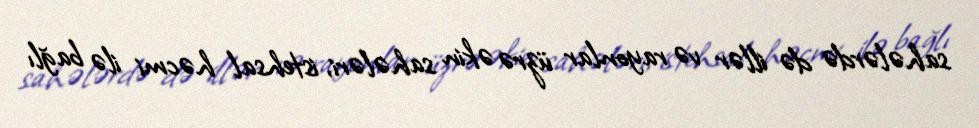
sahələrdə də illər və rayonlar üzrə əkin sahələri, istehsal həcmi ilə bağlı